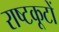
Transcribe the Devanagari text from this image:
राष्टकूटों